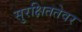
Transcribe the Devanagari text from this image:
सुरक्षिततेवर